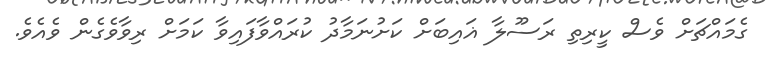
ގެމައްޗަށް ވެސް ކީރިތި ރަސޫލާ ޣައިބަށް ކަށުނަމާދު ކުރައްވާފައިވާ ކަމަށް ރިވާވެގެން ވެއެވެ.